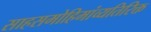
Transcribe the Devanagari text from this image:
साहसमोहिमांव्यतिरिक्त